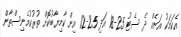
އެކަމަކު އަނެއް ދެ ސެޓު 25-18 އަދި 25-12 އިން ކާމިޔާބުކޮށް ތުރުކުމެނިސްތާން